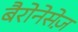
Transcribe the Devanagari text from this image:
बैरोनेसेज़